Sketch of the medical history of the native army of Bombay, for the year
Year: 1872
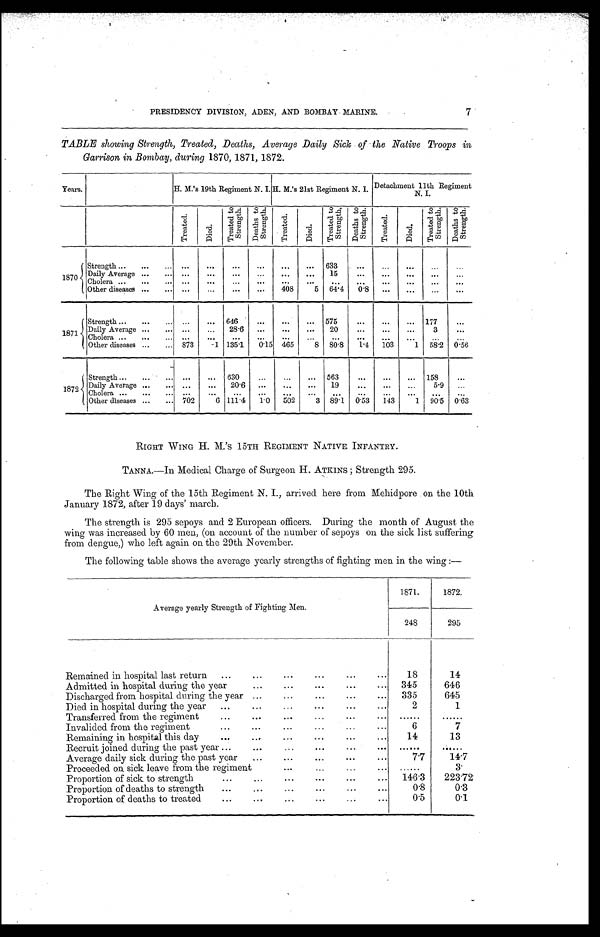
PRESIDENCY DIVISION, ADEN, AND BOMBAY MARINE.
TABLE showing Strength, Treated, Deaths, Average Daily Sick of the Native Troops in
Garrison in Bombay, during 1870, 1871, 1872.
Years.
H. M.'s 19th Regiment N. I. H. M.'s 21st Regiment N. I.
Detachment 11th Regiment
N. I.
T r e a t e d .
D i e d .
T r e a t e d t o S t r e n g t h .
D e a t h s t o S t r e n g t h .
T r e a t e d .
D i e d .
T r e a t e d t o S t r e n g t h .
D e a t h s t o S t r e n g t h .
T r e a t e d .
D i e d .
Treated to strength.
D e a t h s t o S t r e n g t h .
1870
Strength . . .
. . .
. . .
. . .
. . .
. . .
. . .
633
. . .
. . .
. . .
. . .
. . .
Daily Average . . .
. . .
. . .
. . .
. . .
. . .
. . .
15
. . .
. . .
. . .
. . .
. . .
Cholera . . .
. . .
. . .
. . .
. . .
. . .
. . .
. . .
. . .
. . .
. . .
. . .
. . .
Other diseases . . .
. . .
. . .
. . .
. . .
408
5
64.4
0.8
. . .
. . .
. . .
. . .
1871
Strength . . .
. . .
. . .
646
. . .
. . .
. . .
575
. . .
. . .
. . .
177
. . .
Daily Average . . .
. . .
. . .
28.6
. . .
. . .
. . .
20
. . .
. . .
. . .
3
. . .
Cholera . . .
. . .
. . .
. . .
. . .
. . .
. . .
. . .
. . .
. . .
. . .
. . .
. . .
Other diseases . . .
873
1 135.1
0.15
465
8
80.8
1.4
103
1
58.2
0.56
1872
Strength. . .
. . .
. . .
630
. . .
. . .
. . .
563
. . .
. . .
. . .
158
. . .
Daily Average . . .
. . .
. . .
20.6
. . .
. . .
. . .
19
. . .
. . .
. . .
5.9
. . .
Cholera . . .
. . .
. . .
. . .
. . .
. . .
. . .
. . .
. . .
. . .
. . .
. . .
. . .
Other diseases . . .
702
6 111.4
1.0
502
3
89.1
0.53
143
1
90.5
0.63
RIGHT WING H. M.'s 15TH REGIMENT NATIVE INFANTRY.
TANNA.—In Medical Charge of Surgeon H. ATKINS; Strength 295.
The Right Wing of the 15th Regiment N. I., arrived here from Mehidpore on the 10th
January 1872, after 19 days' march.
The strength is 295 sepoys and 2 European officers. During the month of August the
wing was increased by 60 men, (on account of the number of sepoys on the sick list suffering
from dengue,) who left again on the 29th November.
The following table shows the average yearly strengths of fighting men in the wing:—
Average yearly Strength of Fighting Men.
1871.
1872.
248
295
Remained in hospital last return
. . .
18
14
Admitted in hospital during the year
. . .
345
646
Discharged from hospital during the year
. . .
335
645
Died in hospital during the year
. . .
2
1
Transferred from the regiment. . .
. . .
. . .
Invalided from the regiment
. . .
6
7
Remaining in hospital this day
. . .
14
13
Recruit joined during the past year . . .
. . .
. . .
Average daily sick during the past year. . .
7.7
14.7
Proceeded on sick leave from the regiment . . .
. . .
3.
Proportion of sick to strength . . .
146.3
223.72
Proportion of deaths to strength . . .
0.8
0.3
Proportion of deaths to treated
. . .
0.5
0.1
7